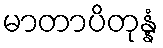
မာတာပိတုန္နံ